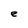
Character: e